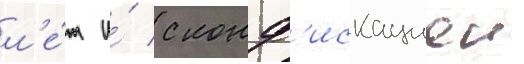
л'е́т и́ с конф'искациеи